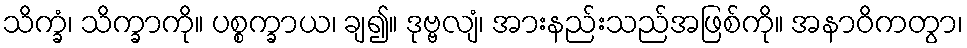
သိက္ခံ၊ သိက္ခာကို။ ပစ္စက္ခာယ၊ ချ၍။ ဒုဗ္ဗလျံ၊ အားနည်းသည်အဖြစ်ကို။ အနာဝိကတွာ၊